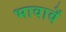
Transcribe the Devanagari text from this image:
भावावें